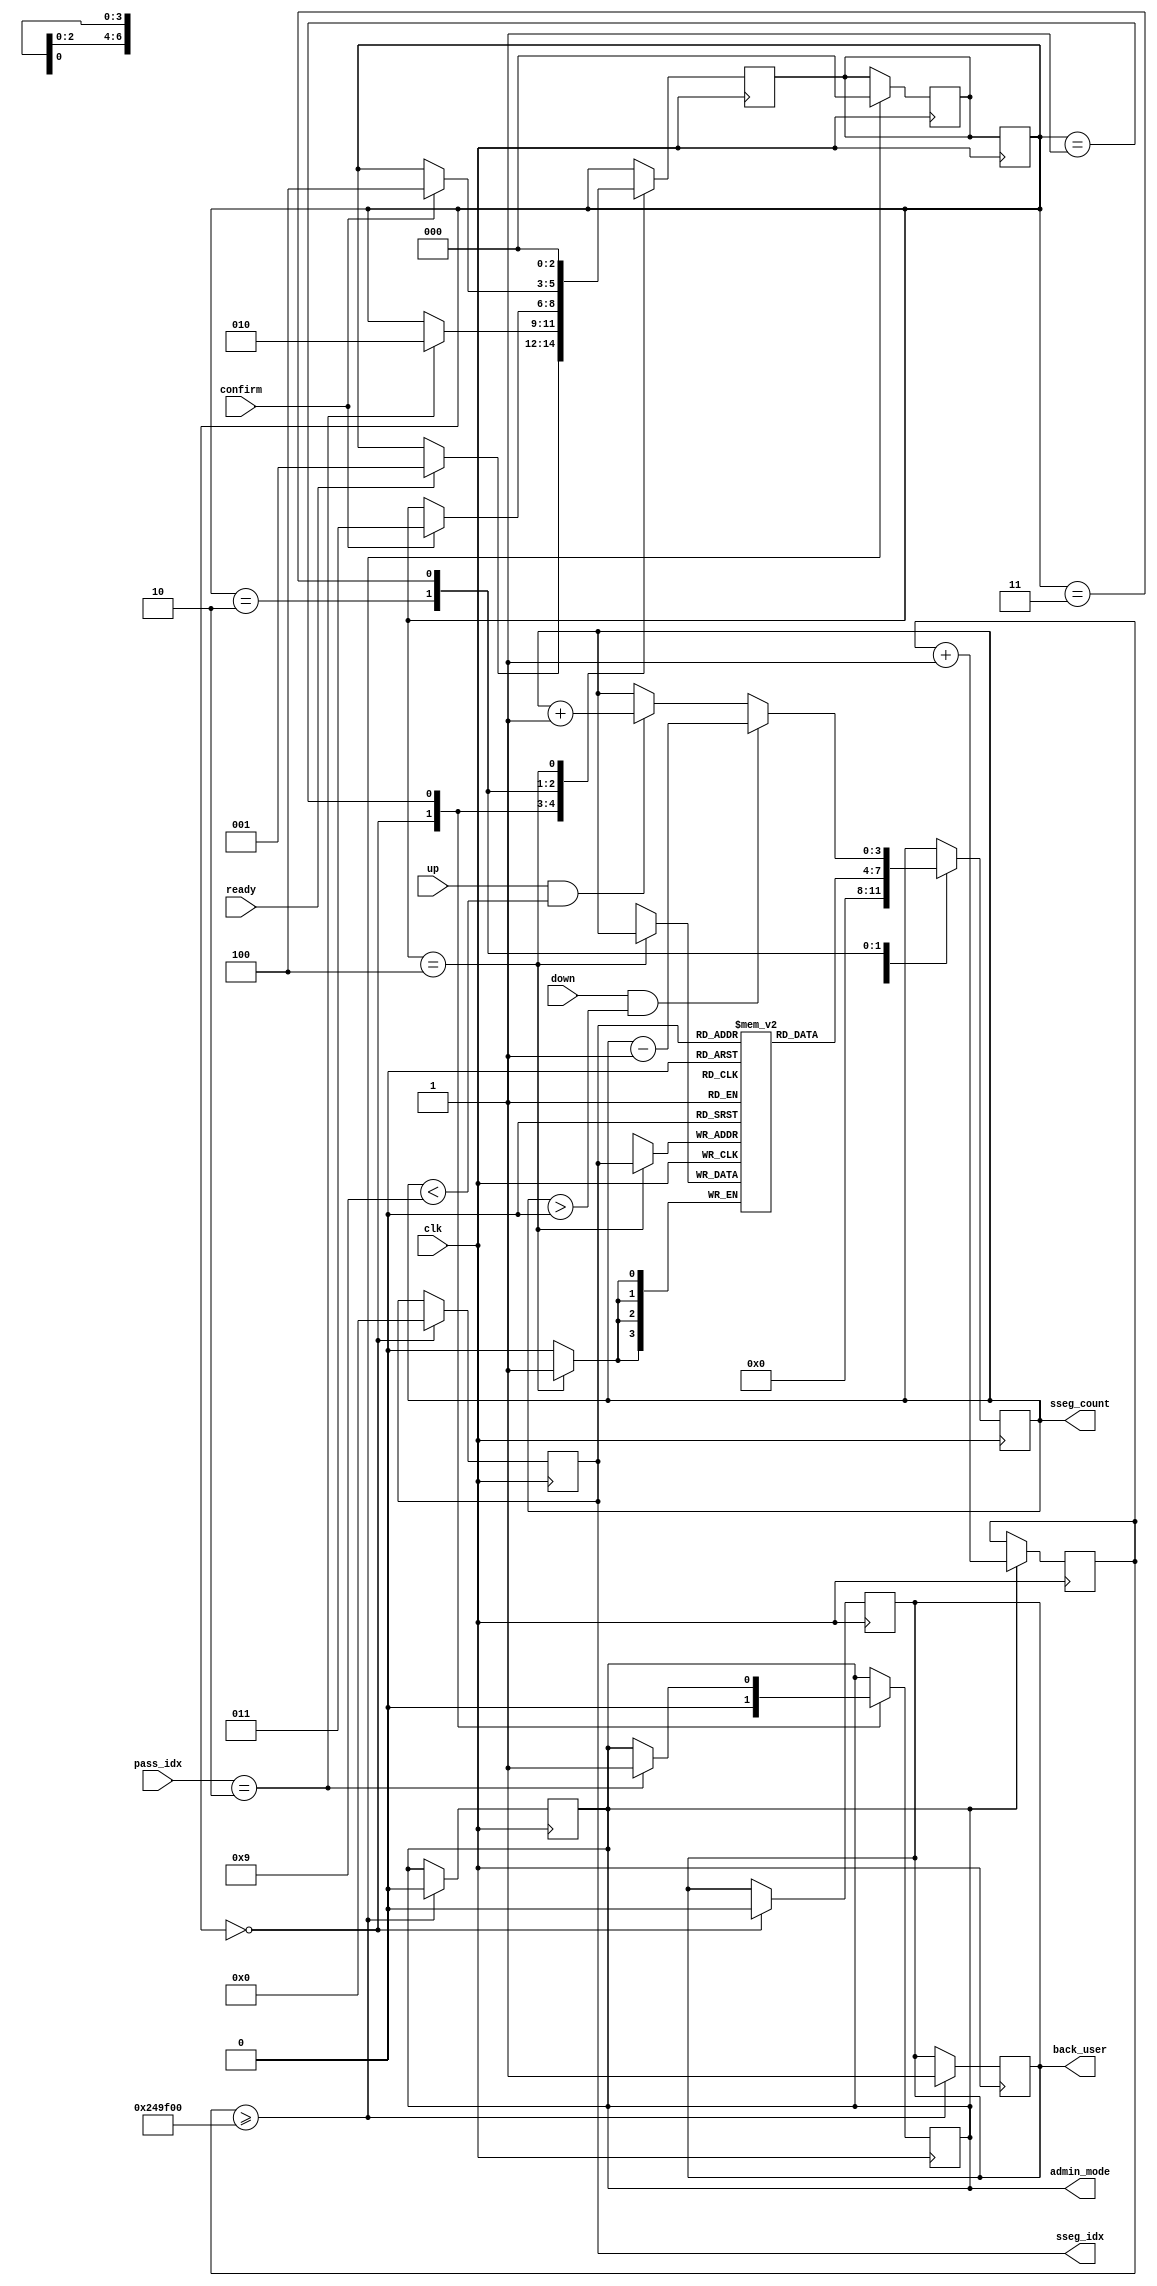
module admin_mode(
    input wire clk,
    input wire ready,
    input wire [1:0] pass_idx,
    input wire up,
    input wire down,
    input wire confirm,
    output reg admin_mode,
    output reg back_user,
    output reg [6:0] sseg_idx, // 7 bits for slot number
    output reg [3:0] sseg_count // Seven segment display for item count
);

    // Define internal registers
    reg [3:0] item_count_reg [68:0]; // 69 slots
    reg [1:0] admin_pass = 2'b10; // Admin password is '02'
    reg [31:0] timer; // Timer for automatic logout

    // State machine states
    parameter IDLE = 3'b000,
              CHECK_PASS = 3'b001,
              SET_ITEM = 3'b010,
              ADD_ITEM = 3'b011,
              CONFIRM_ITEM = 3'b100;

    reg [2:0] current_state, next_state;

    // Initialize item counts to 9
    initial begin
        item_count_reg[0] = 4'd9;
        item_count_reg[1] = 4'd9;
        item_count_reg[2] = 4'd9;
        item_count_reg[3] = 4'd9;
        item_count_reg[4] = 4'd9;
        item_count_reg[5] = 4'd9;
        item_count_reg[6] = 4'd9;
        item_count_reg[7] = 4'd9;
        item_count_reg[8] = 4'd9;
        item_count_reg[9] = 4'd9;
        item_count_reg[10] = 4'd9;
        item_count_reg[11] = 4'd9;
        item_count_reg[12] = 4'd9;
        item_count_reg[13] = 4'd9;
        item_count_reg[14] = 4'd9;
        item_count_reg[15] = 4'd9;
        item_count_reg[16] = 4'd9;
        item_count_reg[17] = 4'd9;
        item_count_reg[18] = 4'd9;
        item_count_reg[19] = 4'd9;
        item_count_reg[20] = 4'd9;
        item_count_reg[21] = 4'd9;
        item_count_reg[22] = 4'd9;
        item_count_reg[23] = 4'd9;
        item_count_reg[24] = 4'd9;
        item_count_reg[25] = 4'd9;
        item_count_reg[26] = 4'd9;
        item_count_reg[27] = 4'd9;
        item_count_reg[28] = 4'd9;
        item_count_reg[29] = 4'd9;
        item_count_reg[30] = 4'd9;
        item_count_reg[31] = 4'd9;
        item_count_reg[32] = 4'd9;
        item_count_reg[33] = 4'd9;
        item_count_reg[34] = 4'd9;
        item_count_reg[35] = 4'd9;
        item_count_reg[36] = 4'd9;
        item_count_reg[37] = 4'd9;
        item_count_reg[38] = 4'd9;
        item_count_reg[39] = 4'd9;
        item_count_reg[40] = 4'd9;
        item_count_reg[41] = 4'd9;
        item_count_reg[42] = 4'd9;
        item_count_reg[43] = 4'd9;
        item_count_reg[44] = 4'd9;
        item_count_reg[45] = 4'd9;
        item_count_reg[46] = 4'd9;
        item_count_reg[47] = 4'd9;
        item_count_reg[48] = 4'd9;
        item_count_reg[49] = 4'd9;
        item_count_reg[50] = 4'd9;
        item_count_reg[51] = 4'd9;
        item_count_reg[52] = 4'd9;
        item_count_reg[53] = 4'd9;
        item_count_reg[54] = 4'd9;
        item_count_reg[55] = 4'd9;
        item_count_reg[56] = 4'd9;
        item_count_reg[57] = 4'd9;
        item_count_reg[58] = 4'd9;
        item_count_reg[59] = 4'd9;
        item_count_reg[60] = 4'd9;
        item_count_reg[61] = 4'd9;
        item_count_reg[62] = 4'd9;
        item_count_reg[63] = 4'd9;
        item_count_reg[64] = 4'd9;
        item_count_reg[65] = 4'd9;
        item_count_reg[66] = 4'd9;
        item_count_reg[67] = 4'd9;
        item_count_reg[68] = 4'd9;

        admin_mode = 0;
        back_user = 0;
        sseg_idx = 0;
        sseg_count = 0;
        timer = 0;
    end

    // State transition logic
    always @(posedge clk) begin
        current_state <= next_state;
        if (admin_mode) timer <= timer + 1;
        if (timer >= 32'd2400000) begin // 1 minute at 40 MHz
            next_state <= IDLE;
            back_user <= 1;
            admin_mode <= 0;
        end
    end

    // Next state logic
    always @(posedge clk) begin
        next_state = current_state; // Prevent latches
        case (current_state)
            IDLE: begin
                if (ready) next_state = CHECK_PASS;
            end
            CHECK_PASS: begin
                if (pass_idx == admin_pass) next_state = SET_ITEM;
            end
            SET_ITEM: begin
                if (confirm) next_state = ADD_ITEM;
            end
            ADD_ITEM: begin
                if (confirm) next_state = CONFIRM_ITEM;
            end
            CONFIRM_ITEM: begin
                next_state = IDLE;
            end
        endcase
    end

    // Output logic and state actions
    always @(posedge clk) begin
        case (current_state)
            IDLE: begin
                admin_mode <= 0;
                back_user <= 0;
                sseg_idx <= 0;
                sseg_count <= 0;
            end
            CHECK_PASS: begin
                if (pass_idx == admin_pass) admin_mode <= 1;
            end
            SET_ITEM: begin
                sseg_count <= item_count_reg[sseg_idx];
            end
            ADD_ITEM: begin
                if (up && sseg_count < 4'd9) sseg_count <= sseg_count + 1;
                if (down && sseg_count > 4'd0) sseg_count <= sseg_count - 1;
            end
            CONFIRM_ITEM: begin
                item_count_reg[sseg_idx] <= sseg_count;
            end
        endcase
    end

endmodule